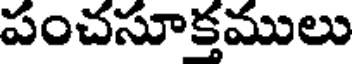
పంచసూక్తములు